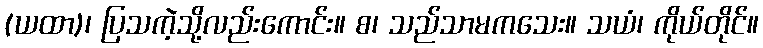
(ယထာ)၊ ပြသကဲ့သို့လည်းကောင်း။ စ၊ သည်သာမကသေး။ သယံ၊ ကိုယ်တိုင်။